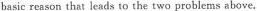
basic reason that lead; to the two problems above.